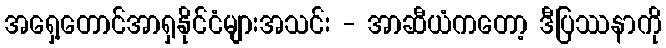
အရှေ့တောင်အာရှနိုင်ငံများအသင်း - အာဆီယံကတော့ ဒီပြဿနာကို